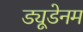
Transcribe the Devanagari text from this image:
ड्यूडेनम